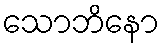
သောဘိနော